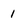
Character: 1